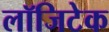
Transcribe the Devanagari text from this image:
लॉजिटेक